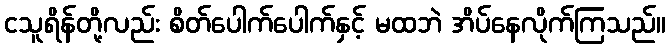
ငသူရိန်တို့လည်း စိတ်ပေါက်ပေါက်နှင့် မထဘဲ အိပ်နေလိုက်ကြသည်။